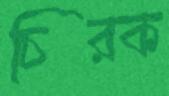
চিরক